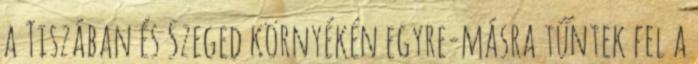
a Tiszában és Szeged környékén egyre-másra tűntek fel a